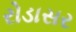
રોડાસર